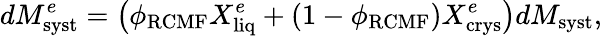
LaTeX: dM_{\mathrm{syst}}^{e}=\left(\phi_{\mathrm{RCMF}}X_{\mathrm{liq}}^{e}+(1-\phi_{\mathrm{RCMF}})X_{\mathrm{crys}}^{e}\right)dM_{\mathrm{syst}},